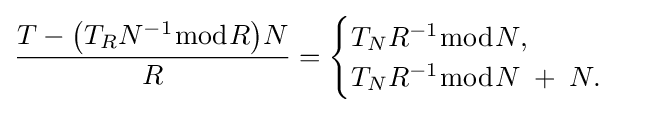
{\dfrac {T-{\bigl (}T_{R}N^{-1}{\bmod {R}}{\bigr )}N}{R}}={\begin{cases}T_{N}R^{-1}{\bmod {N}},\\T_{N}R^{-1}{\bmod {N}}\;+\;N.\end{cases}}